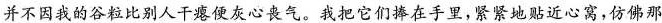
并不因我的谷粒比别人干瘪便灰心丧气。我把它们捧在手里，紧紧地贴近心窝，仿佛那